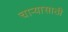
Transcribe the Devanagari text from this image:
चाऱ्यासाठी